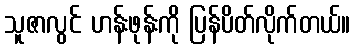
သူဇာလွင် ဟန်းဖုန်းကို ပြန်ပိတ်လိုက်တယ်။